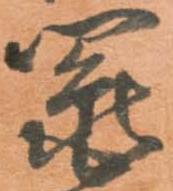
鬮